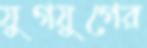
যুগযুগের